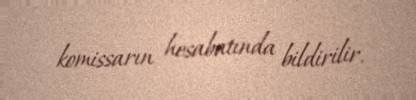
komissarın hesabatında bildirilir.